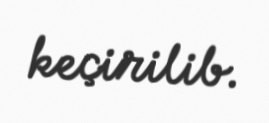
keçirilib.